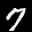
Label: 7